Treatise on elephants
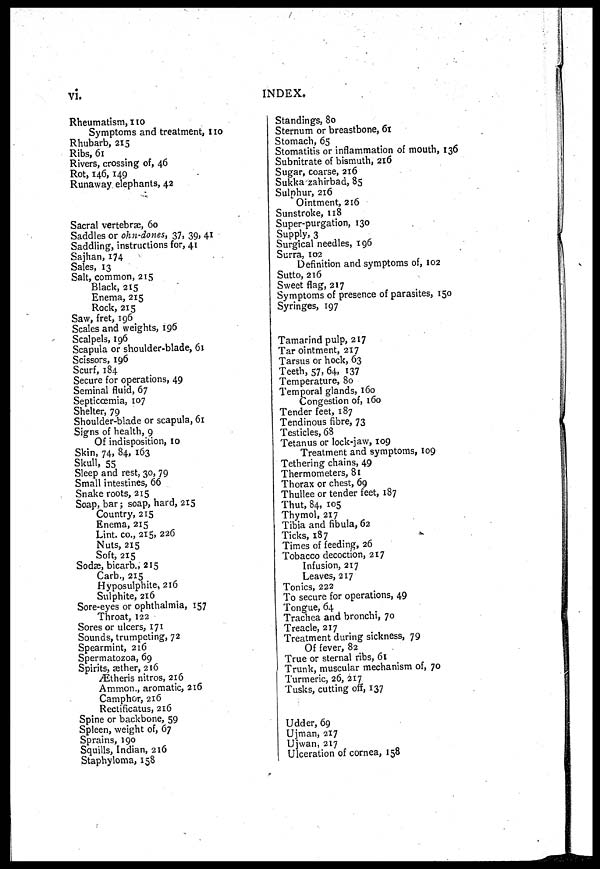
vi.
INDEX.
Rheumatism, 110
Symptoms and treatment,110
Rhubarb, 215
Ribs, 61
Rivers, crossing of, 46
Rot, 146,149
Runaway elephants, 42
Sacral vertebrae, 60
Saddles or ohn-dones, 37, 39, 41
Saddling, instructions for, 41
Sajhan, 174
Sales, 13
Salt, common, 215
Black, 215
Enema, 215
Rock, 215
Saw, fret, 196
Scales and weights, 196
Scalpels, 196
Scapula or shoulder-blade, 61
Scissors, 196
Scurf, 184
Secure for operations, 49
Seminal fluid, 67
Septicœmia, 107
Shelter, 79
Shoulder-blade or scapula, 61
Signs of health, 9
Of indisposition, 10
Skin, 74, 84, 163
Skull, 55
Sleep and rest, 30, 79
Small intestines, 66
Snake roots, 215
Soap, bar; soap, hard, 215
Country, 215
Enema, 215
Lint. co., 215, 226
Nuts, 215
Soft, 215
Sodæ, bicarb., 215
Carb., 215
Hyposulphite, 216
Sulphite, 216
Sore-eyes or ophthalmia, 157
Throat, 122
Sores or ulcers, 171
Sounds, trumpeting, 72
Spearmint, 216
Spermatozoa, 69
Spirits, aether, 216
Ætheris nitros, 216
Ammon., aromatic, 216
Camphor, 216
Rectificatus, 216
Spine or backbone, 59
Spleen, weight of, 67
Sprains, 190
Squills, Indian, 216
Staphyloma, 158
Standings, 80
Sternum or breastbone, 61
Stomach, 65
Stomatitis or inflammation of mouth, 136
Subnitrate of bismuth, 216
Sugar, coarse, 216
Sukka zahirbad, 85
Sulphur, 216
Ointment, 216
Sunstroke, 118
Super-purgation, 130
Supply, 3
Surgical needles, 196
Surra, 102
Definition and symptoms of, 102
Sutto, 216
Sweet flag, 217
Symptoms of presence of parasites, 150
Syringes, 197
Tamarind pulp, 217
Tar ointment, 217
Tarsus or hock, 63
Teeth, 57, 64. 137
Temperature, 80
Temporal glands, 160
Congestion of, 160
Tender feet, 187
Tendinous fibre, 73
Testicles, 68
Tetanus or lock-jaw, 109
Treatment and symptoms, 109
Tethering chains, 49
Thermometers, 81
Thorax or chest, 69
Thullee or tender feet, 187
Thut, 84, 105
Thymol, 217
Tibia and fibula, 62
Ticks, 187
Times of feeding, 26
Tobacco decoction, 217
Infusion, 217
Leaves, 217
Tonics, 222
To secure for operations, 49
Tongue, 64
Trachea and bronchi, 70
Treacle, 217
Treatment during sickness, 79
Of fever, 82
True or sternal ribs, 61
Trunk, muscular mechanism of, 70
Turmeric, 26, 217
Tusks, cutting off, 137
Udder, 69
Ujman, 217
Ujwan, 217
Ulceration of cornea, 158